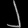
Digit: ၂